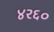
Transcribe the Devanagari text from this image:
४२६०